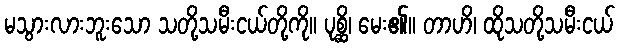
မသွားလားဘူးသော သတို့သမီးငယ်တို့ကို။ ပုစ္ဆိ၊ မေး၏။ တာဟိ၊ ထိုသတို့သမီးငယ်